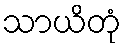
သာယိတုံ